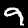
Digit: 9